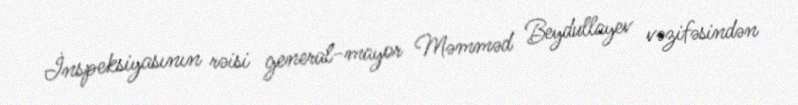
İnspeksiyasının rəisi general-mayor Məmməd Beydullayev vəzifəsindən